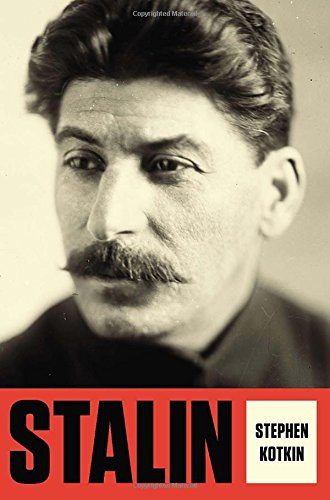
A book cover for Stalin: Volume I: Paradoxes of Power, 1878-1928; Stephen Kotkin; Biographies & Memoirs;